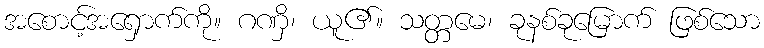
အစောင့်အရှောက်ကို။ ဂဏှိ၊ ယူ၏။ သတ္တမေ၊ ခုနစ်ခုမြောက် ဖြစ်သော